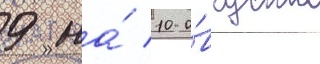
9 на́ 10 а́вгуста